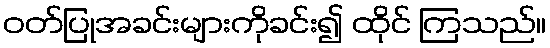
ဝတ်ပြုအခင်းများကိုခင်း၍ ထိုင် ကြသည်။